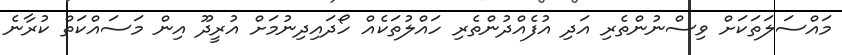
މައްސަލަތަކަށް ވިސްނުންތެރި އަދި އުފެއްދުންތެރި ހައްލުތަކެއް ހޯދައިދިނުމަށް އުރީދޫ އިން މަސައްކަތް ކުރާނެ